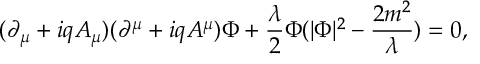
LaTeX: ( \partial _ { \mu } + i q A _ { \mu } ) ( \partial ^ { \mu } + i q A ^ { \mu } ) \Phi + { \frac { \lambda } { 2 } } \Phi ( | \Phi | ^ { 2 } - { \frac { 2 m ^ { 2 } } { \lambda } } ) = 0 ,